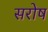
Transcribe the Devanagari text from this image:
सरोष